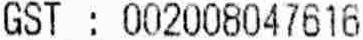
GST : 002008047616